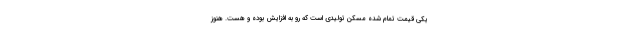
یکی قیمت تمام شده مسکن تولیدی است که رو به افزایش بوده و هست. هنوز